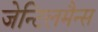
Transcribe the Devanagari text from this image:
जेन्टिलमैन्स